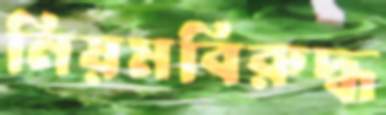
নিয়মবিরুদ্ধ